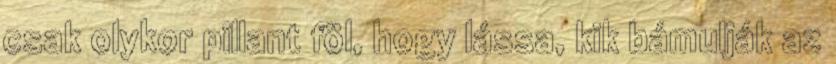
csak olykor pillant föl, hogy lássa, kik bámulják az